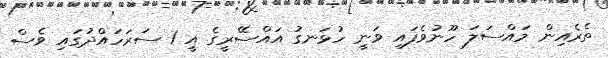
ތެރެއިން މައްސަލަ ހޫނުވެފައި ވަނީ ހުޅަނގު އައްސޭރީގެ އީ 1 ސަރަހައްދުގައި ވެސް